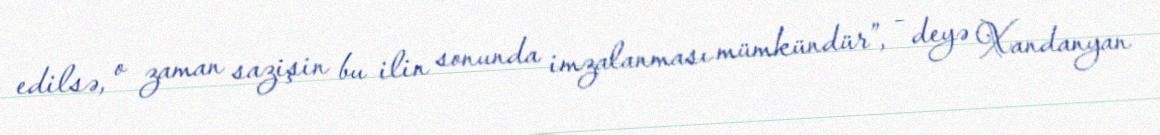
edilsə, o zaman sazişin bu ilin sonunda imzalanması mümkündür”, - deyə Xandanyan